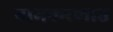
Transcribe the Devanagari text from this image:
नामकरणात